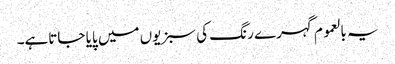
یہ بالعموم گہرے رنگ کی سبزیوں میں پایا جاتاہے۔